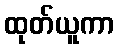
ထုတ်ယူကာ